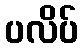
ပလိပ်